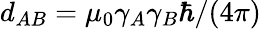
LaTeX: d_{AB}=\mu_{0}\gamma_{A}\gamma_{B}\hbar/(4\pi)